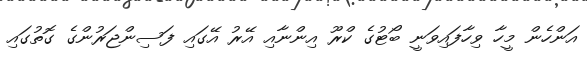
އަންހެން މީހާ ވިހާފައިވަނީ ބޯޓުގެ ކްރޫ އިންނާއި އޭރު އޭގައި ފަސިންޖަރުންގެ ގޮތުގައި